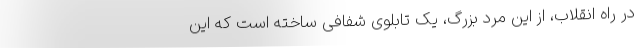
در راه انقلاب، از این مرد بزرگ، یک تابلوی شفافی ساخته است که این